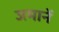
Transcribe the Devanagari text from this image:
जमानें